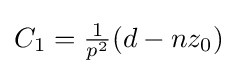
{\textstyle C_{1}={\frac {1}{p^{2}}}(d-nz_{0})}